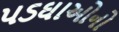
પડઘાઓનો